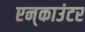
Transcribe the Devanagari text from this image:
एन्‌काउंटर